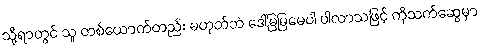
သို့ရာတွင် သူ တစ်ယောက်တည်း မဟုတ်ဘဲ ဒေါ်မြမြမေပါ ပါလာသဖြင့် ကိုသက်ဆွေမှာ